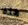
هذه